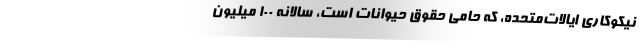
نیکوکاریِ ایالات‌متحده، که حامی حقوق حیوانات است، سالانه ۱۰۰ میلیون